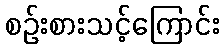
စဉ်းစားသင့်ကြောင်း